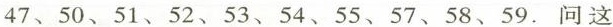
47、50、51、52、53、54、55、57、58、59.问这